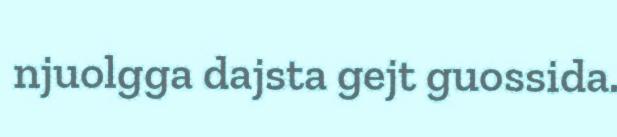
njuolgga dajsta gejt guossida.